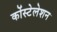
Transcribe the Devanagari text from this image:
कोंस्टेलेशन